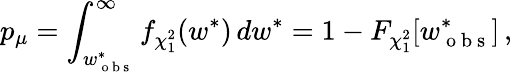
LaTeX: p_{\mu}=\int_{w_{\mathrm{~o~b~s~}}^{\ast}}^{\infty}f_{\chi_{1}^{2}}(w^{\ast})\, dw^{\ast}=1-F_{\chi_{1}^{2}}[w_{\mathrm{~o~b~s~}}^{\ast}]\, ,